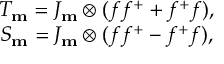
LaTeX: \begin{array} { c c c c } { { T _ { \bf m } = J _ { \bf m } \otimes ( f f ^ { + } + f ^ { + } f ) , } } \\ { { S _ { \bf m } = J _ { \bf m } \otimes ( f f ^ { + } - f ^ { + } f ) , } } \end{array}